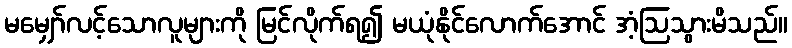
မမျှော်လင့်သောလူများကို မြင်လိုက်ရ၍ မယုံနိုင်လောက်အောင် အံ့ဩသွားမိသည်။